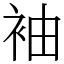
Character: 袖